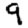
Digit: 9